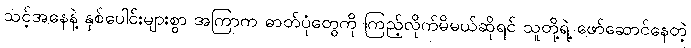
သင့်အနေနဲ့ နှစ်ပေါင်းများစွာ အကြာက ဓာတ်ပုံတွေကို ကြည့်လိုက်မိမယ်ဆိုရင် သူတို့ရဲ့ ဖော်ဆောင်နေတဲ့